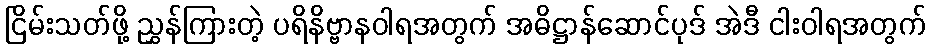
ငြိမ်းသတ်ဖို့ ညွှန်ကြားတဲ့ ပရိနိဗ္ဗာနဝါရအတွက် အဓိဋ္ဌာန်ဆောင်ပုဒ် အဲဒီ ငါးဝါရအတွက်